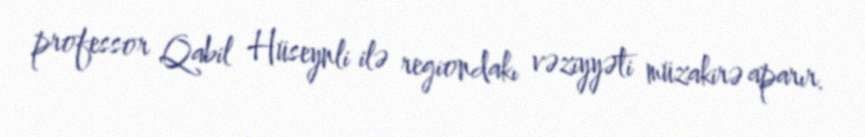
professor Qabil Hüseynli ilə regiondakı vəziyyəti müzakirə aparır.